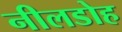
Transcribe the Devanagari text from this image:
नीलडोह